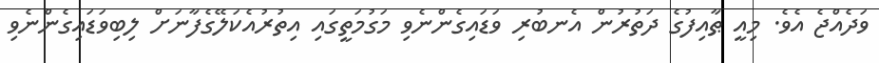
ވަދެއްޖެ އެވެ. މިއީ ޠާއިފުގެ ދަތުރުން އެނބުރި ވަޑައިގެންނެވި މަގުމަތީގައި އިތުރުއެކަލޭގެފާނަށް ލިބިވަޑައިގެންނެވި